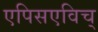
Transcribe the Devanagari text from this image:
एपिसएविच्